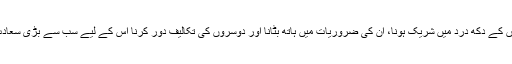
دوسروں کے دکھ درد میں شریک ہونا، ان کی ضروریات میں ہاتھ بٹانا اور دوسروں کی تکالیف دور کرنا اس کے لیے سب سے بڑی سعادت تھی۔